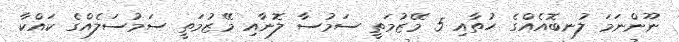
ނޫންނަމަ ލުނބޮއެއްގެ ހުތާއި 5 މޭޒުމަތީ ސަމުސާ ލޮނާއި މޭޒުމަތީ ސަމުސަލެއްގެ ކައްކާ